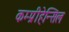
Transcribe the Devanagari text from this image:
कम्प्रीहेन्सिल